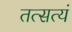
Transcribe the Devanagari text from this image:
तत्सत्यं